Leaving Certificate, 1899
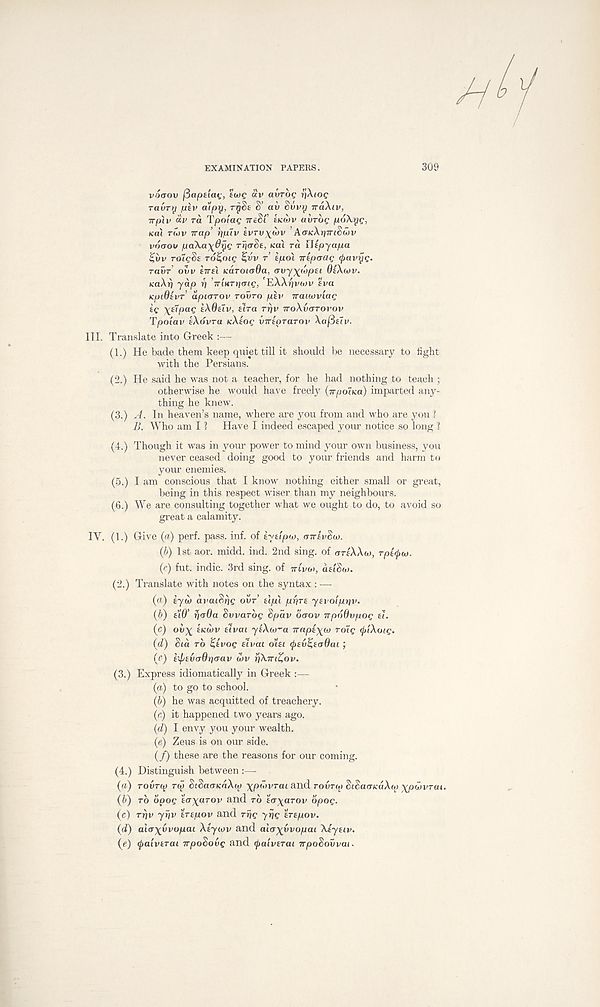
EXAMINATION PAPERS.
309
voaov fiapaiat;, twe av avrbg rjXiog
raurrj piv alpy, rySe S’ av Suvrj TCOXIV,
Trpiv oiv ra Tpoiag TTCSC ticwv avrog poXyg,
teal ru)v Trap’ rin'iv evru^wv ’AfftcArjrrtSwv
vo(Too paXa^dyg rF/crSe, teal ra iltpya/ua
Ziiv roigSe ro^mg %vv r’ epoi iripaag tyavyg.
ravr ovv £7Tfl KOTOtada, (ruy\ibp£i OiXwv.
teaAjj yap r] TriKTuaig, EAArjvatv eva
KpiOavr apiarov rovro piv Traavviag
kg \s7pag kXOtiv, £tra rrjv TTOXVITTOVOV
Tpotav lAovra nXkog virtprarov XafBtcv.
Translate into Greek :—
(1.) He bade them keep quiet till it should be necessary to fight
with the Persians.
(2.) He said he was not a teacher, for he had nothing to teach ;
otherwise he would have freely (irpoFKa) imparted any-
thing he knew.
(3.) A. In heaven’s name, where are you from and who are you ?
B. Who am I ?
Have I indeed escaped your notice so long ?
(4.) Though it was in your power to mind your own business, you
never ceased doing good to your friends and harm to
your enemies.
(5.) I am conscious that I know nothing either small or great,
being in this respect wiser than my neighbours.
(6.) We are consulting together what we ought to do, to avoid so
great a calamity.
(1.) Give (a) perf. pass. inf. of kyelpw, aTrivSto.
(b) 1st aor. midd. ind. 2nd sing, of artAAw, rptipto.
(<:) fut. indie. 3rd sing, of TTI'VO), aelSw.
(2.) Translate with notes on the syntax : —■
(ff) iyu» aratSrig OVT’ tipi pprt ytvoippv.
(b) tW’ ■r)<s6a Svvarbg Spav oaov TrpoOvpog ti.
(c) oi»x tKU>v elvai 'yfAw-a Trapi\to Toig <j>iXoig.
(d) Sia TO %tvog iivai o’iti (jttv^toQai;
(c) hptvaOriaav wv rikirit^ov.
(3.) Express idiomatically in Greek :—
(a) to go to school.
(b) he was acquitted of treachery.
(r) it happened two years ago.
(d) I envy you your wealth.
(e) Zeus is on our side.
(/) these are the reasons for our coming.
(4.) Distinguish between :—
(«) rovrq» rqi SiSaoKaXty \pu>vrai and TOVTM SiSaiTKaXu) xpwvrai.
(*>) TO bpog ta^aTov and TO t<r\aTov opog.
(c) ri)V yvv tTtpov and Trig yrjg erepov.
(d) ahr-^vvopai Xtywv and alo^vvopai Xiytiv.
(e) (paivtTai TrpoSovg and (jiaivtTai npoSovvai*